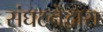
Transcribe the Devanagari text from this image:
संघटनेद्वारा